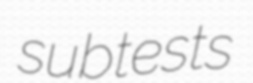
subtests